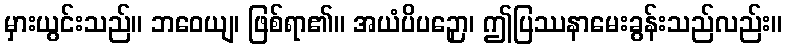
မှားယွင်းသည်။ ဘဝေယျ၊ ဖြစ်ရာ၏။ အယံပိပဉှော၊ ဤပြဿနာမေးခွန်းသည်လည်း။